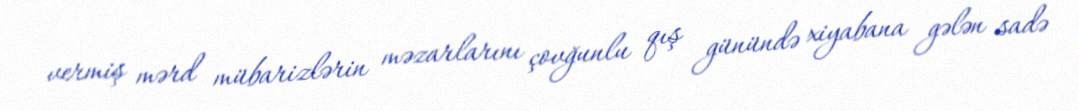
vermiş mərd mübarizlərin məzarlarını çovğunlu qış günündə xiyabana gələn sadə